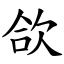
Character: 欱